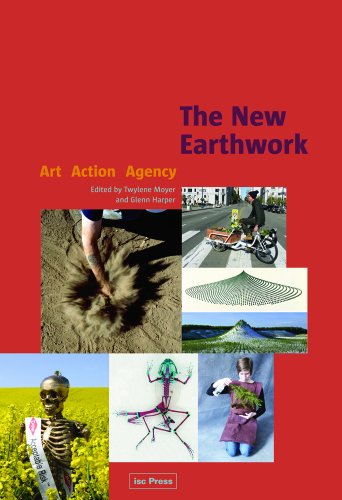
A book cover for The New Earthwork: Art Action Agency (Perspectives in Contemporary Sculpture); Arts & Photography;